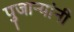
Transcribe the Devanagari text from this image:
पुजाऱ्यांनी